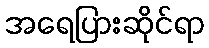
အရေပြားဆိုင်ရာ